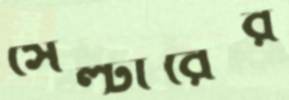
সেল্টারের